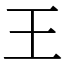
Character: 王